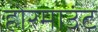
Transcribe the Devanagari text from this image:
होरमाउंट